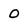
Character: o